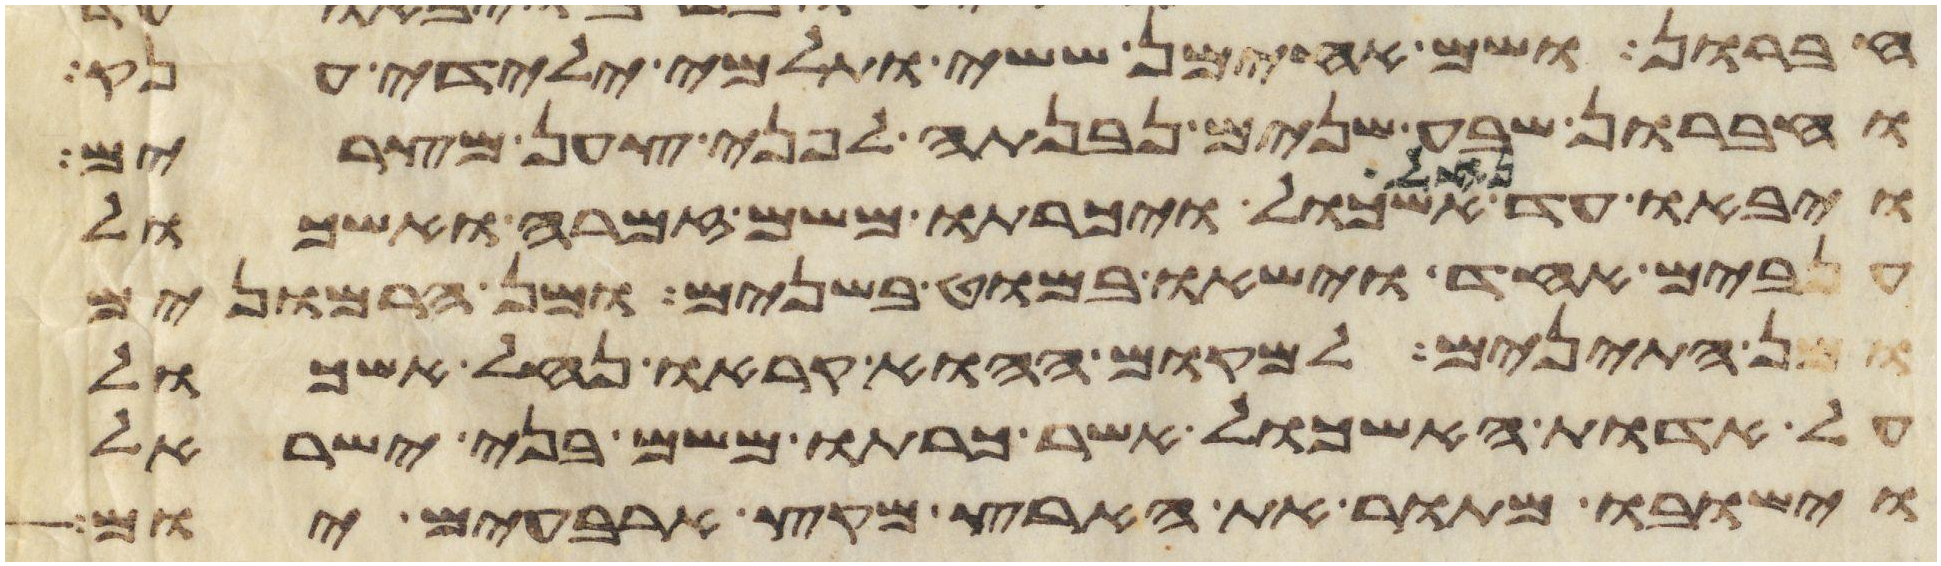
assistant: חברון ושם אחימן ששי ותלמי ילידי ענק
וחברון שבע שנים נבנתה לפני צען מצרים
ויבאו עד נחל אשכול ויכרתו משם זמרה ואשכול
ענבים אחד וישאו במוט בשנים ומן הרמונים
ומן התאנים למקום ההוא קראו נחל אשכול
על אדות האשכול אשר כרתו משם בני ישראל
וישבו מתור את הארץ מקץ ארבעים יום